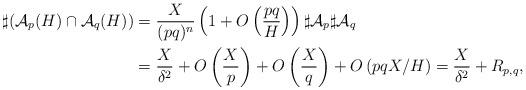
LaTeX: \begin{align*}\sharp ({\mathcal A}_p(H) \cap {\mathcal A}_q(H)) &= \frac{X}{(pq)^n} \left( 1 + O\left(\frac{pq}{H}\right)\right) \sharp {\mathcal A}_p \sharp {\mathcal A}_q \\& = \frac{X}{\delta^2} + O\left( \frac{X}{p} \right) + O\left( \frac{X}{q} \right) + O\left( pq X/H\right)= \frac{X}{\delta^2} + R_{p,q},\end{align*}